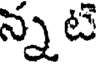
న్న టే